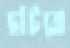
ছাঁটবো